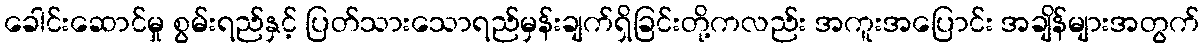
ခေါင်းဆောင်မှု စွမ်းရည်နှင့် ပြတ်သားသောရည်မှန်းချက်ရှိခြင်းတို့ကလည်း အကူးအပြောင်း အချိန်များအတွက်